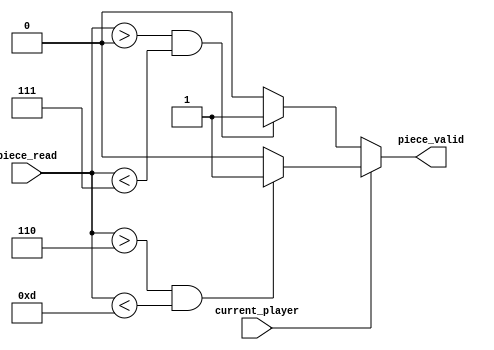
`ifndef piece_validator_m
`define piece_validator_m
module piece_validator (
  input current_player,
  input [3:0] piece_read,

  output reg piece_valid
  );
  always @ ( * ) begin
    if(current_player == 1'b0) begin // black
      if(piece_read > 4'd0 && piece_read < 4'd7)
        piece_valid = 1'b1;
      else
        piece_valid = 1'b0;
    end
    else begin // white
      if(piece_read > 4'd6 && piece_read < 4'd13)
        piece_valid = 1'b1;
      else
        piece_valid = 1'b0;
    end
  end
endmodule // piece_validator
`endif